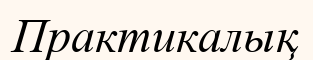
Практикалық